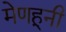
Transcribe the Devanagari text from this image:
मेणहूनी